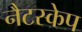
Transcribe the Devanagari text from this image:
नैटस्केप